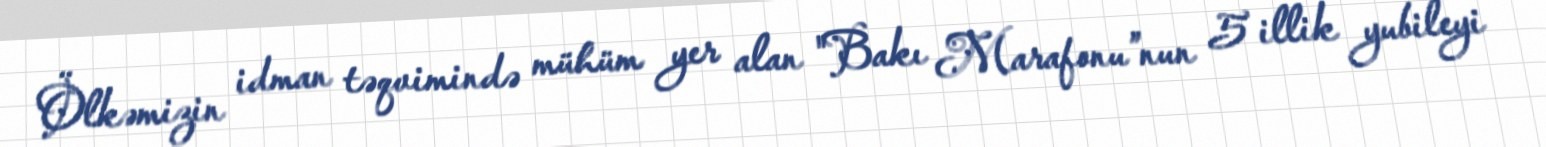
Ölkəmizin idman təqvimində mühüm yer alan "Bakı Marafonu”nun 5 illik yubileyi